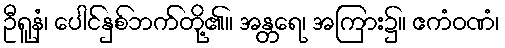
ဦရူနံ၊ ပေါင်နှစ်ဘက်တို့၏။ အန္တရေ၊ အကြား၌။ ဧကံဝဏံ၊